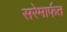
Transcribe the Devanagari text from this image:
सरेमार्फत